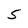
Character: 5